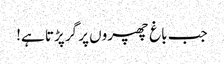
جب باغ چھپروں پر گر پڑتا ہے!